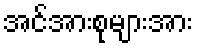
အင်အားစုများအား